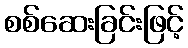
စစ်ဆေးခြင်းဖြင့်